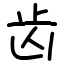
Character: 齿